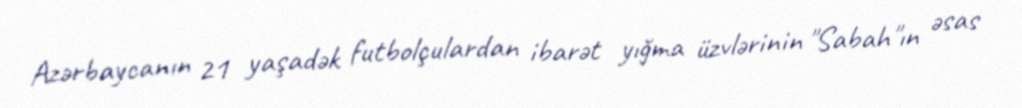
Azərbaycanın 21 yaşadək futbolçulardan ibarət yığma üzvlərinin "Sabah"ın əsas